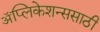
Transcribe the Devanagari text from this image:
ॲप्लिकेशन्ससाठी